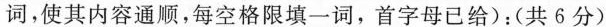
词,使其内容通顺,每空格限填一词,首字母已给):(共 6分)